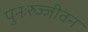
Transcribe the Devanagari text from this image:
पुनःरुज्जीवन